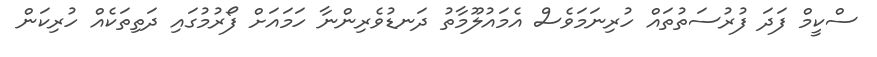
ސްކީމް ފަަދަ ފުރުސަތުތައް ހުރިނަމަވެސް އެމައުލޫމާތު ދަނޑުވެރިންނާ ހަމައަށް ފޯރުމުގައި ދަތިތަކެއް ހުރިކަން